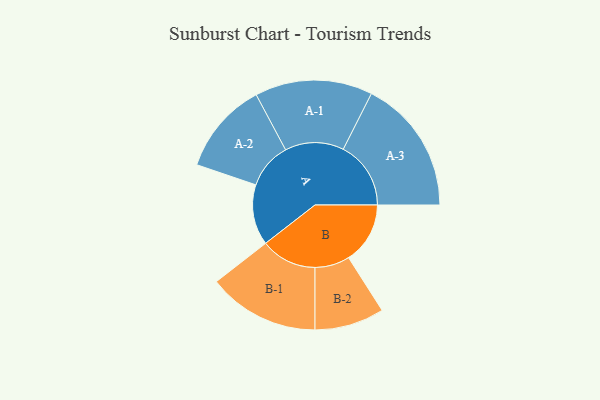
{"axis": {"x": "Segment", "y": "Value"}, "legend": ["", "A", "B"], "data": [{"x": "A", "y": 268, "type": ""}, {"x": "B", "y": 272, "type": ""}, {"x": "A-1", "y": 260, "type": "A"}, {"x": "A-2", "y": 204, "type": "A"}, {"x": "A-3", "y": 299, "type": "A"}, {"x": "B-1", "y": 247, "type": "B"}, {"x": "B-2", "y": 154, "type": "B"}]}